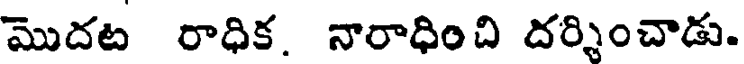
మొదట రాధిక. నారాధించి దర్శించాడు.